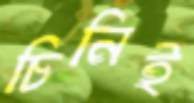
চিনিই